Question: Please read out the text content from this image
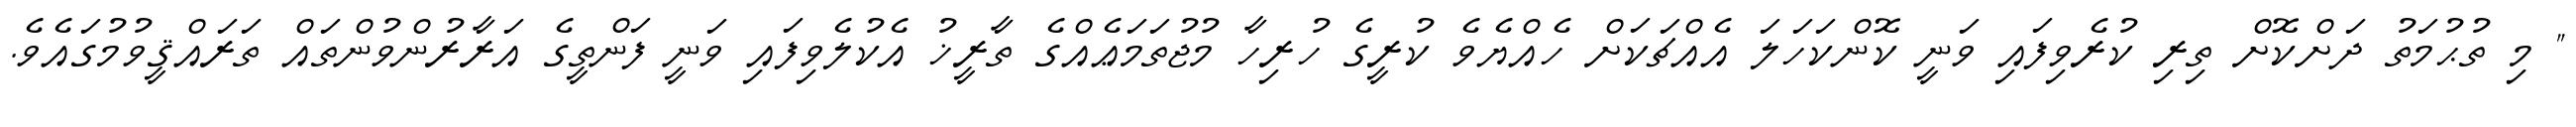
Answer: " މި ތުޙުމަތު ދަށްކޮށް ތިރި ކުރެވިފައި ވަނީ ކޮންކަހަލަ އެއްޗަކަށް ހެއްޔެވެ ކުރީގެ ހުރިހާ މުޖުތަމަޢެއްގެ ތާރީޚު އެކުލެވިފައި ވަނީ ފަންތީގެ އަރާރުންވުންތައް ތަރައްޤީވުމުގައެވެ.